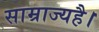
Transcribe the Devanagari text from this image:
साम्राज्यहै।